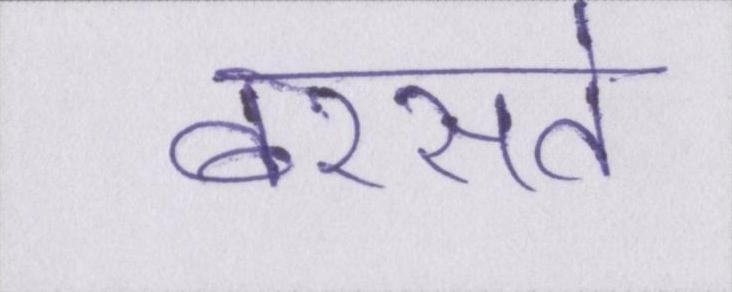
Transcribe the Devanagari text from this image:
बरसते